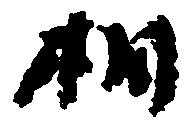
相